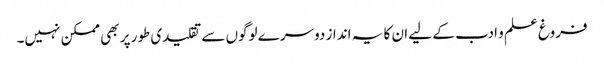
فروغ علم و ادب کے لیے ان کا یہ انداز دوسرے لوگوں سے تقلیدی طور پر بھی ممکن نہیں۔